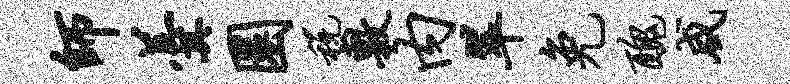
师羹圜税敷内翠免丑咸